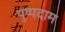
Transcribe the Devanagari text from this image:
पुष्पदाम